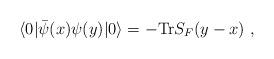
LaTeX: \begin{align*}\langle 0|\bar{\psi}(x) \psi (y) | 0\rangle =-{\rm Tr} S_F(y-x)\ ,\end{align*}